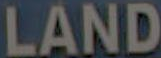
LAND